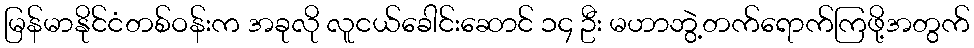
မြန်မာနိုင်ငံတစ်ဝန်းက အခုလို လူငယ်ခေါင်းဆောင် ၁၄ ဦး မဟာဘွဲ့တက်ရောက်ကြဖို့အတွက်